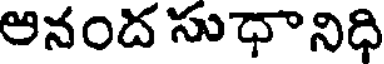
అనంద సుధానిధి